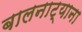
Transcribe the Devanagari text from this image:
बालनाट्याना